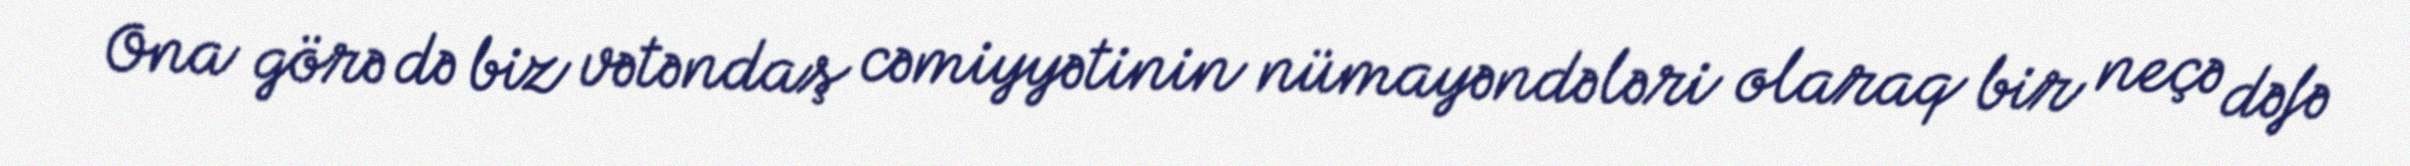
Ona görə də biz vətəndaş cəmiyyətinin nümayəndələri olaraq bir neçə dəfə